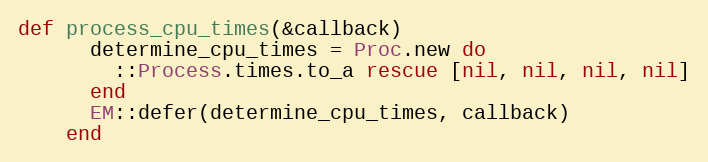
Language: Ruby
def process_cpu_times(&callback)
      determine_cpu_times = Proc.new do
        ::Process.times.to_a rescue [nil, nil, nil, nil]
      end
      EM::defer(determine_cpu_times, callback)
    end